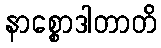
နာစ္စောဒါတာတိ